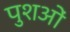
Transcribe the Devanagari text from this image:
पुशओं